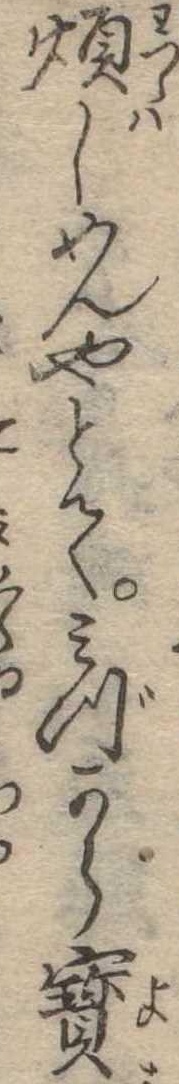
煩しめんやとてみづから宝